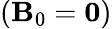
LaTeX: ({\mathbf B}_{0}={\mathbf 0})